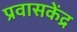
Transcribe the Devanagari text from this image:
प्रवासकेंद्र